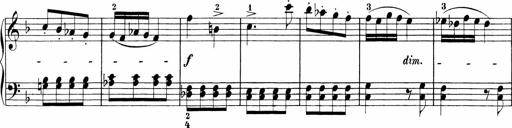
Title: Sonatinen Op.47, 98 und 136, nebst 6 Liedersonatinen
Composer: Carl Reinecke